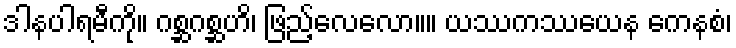
ဒါနပါရမီကို။ ဂစ္ဆဂစ္ဆဟိ၊ ဖြည့်လေလော။။ ယဿကဿယေန ကေနစံ၊